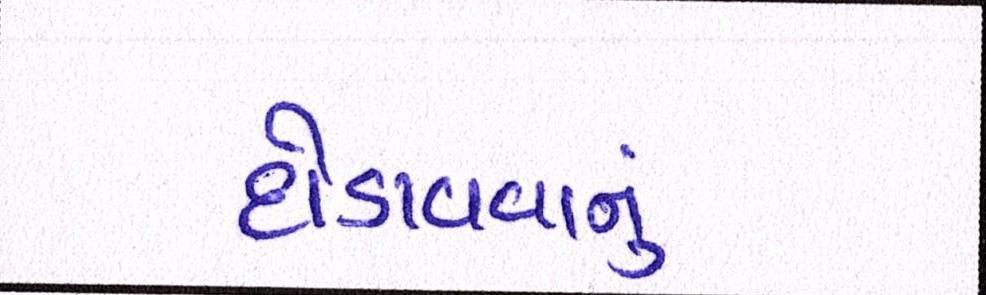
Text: દોડાવવાનું